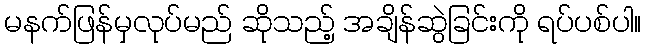
မနက်ဖြန်မှလုပ်မည် ဆိုသည့် အချိန်ဆွဲခြင်းကို ရပ်ပစ်ပါ။